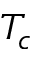
T _ { c }